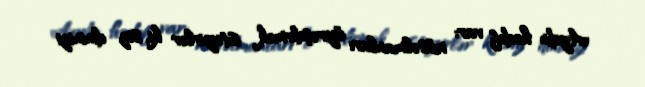
Aydın hədəf var: müsəlmanları öyrəşdirmək istəyirlər ki, siz dininizi